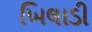
ખિલાડી